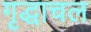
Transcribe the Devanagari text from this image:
गृद्धाचल